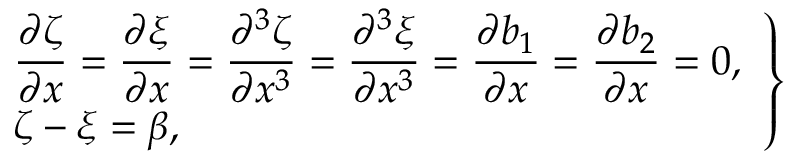
\left. \begin{array} { l } { \displaystyle \frac { \partial \zeta } { \partial x } = \frac { \partial \xi } { \partial x } = \frac { \partial ^ { 3 } \zeta } { \partial x ^ { 3 } } = \frac { \partial ^ { 3 } \xi } { \partial x ^ { 3 } } = \frac { \partial b _ { 1 } } { \partial x } = \frac { \partial b _ { 2 } } { \partial x } = 0 , } \\ { \zeta - \xi = \beta , } \end{array} \right\}